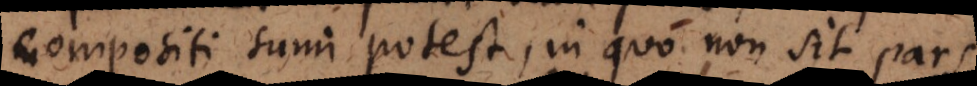
compositi sumi potest, in quo non sit pars